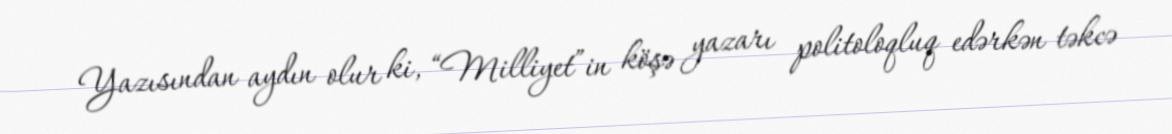
Yazısından aydın olur ki, “Milliyet”in köşə yazarı politoloqluq edərkən təkcə